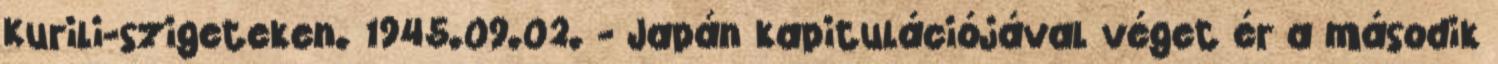
Kurili-szigeteken. 1945.09.02. - Japán kapitulációjával véget ér a második